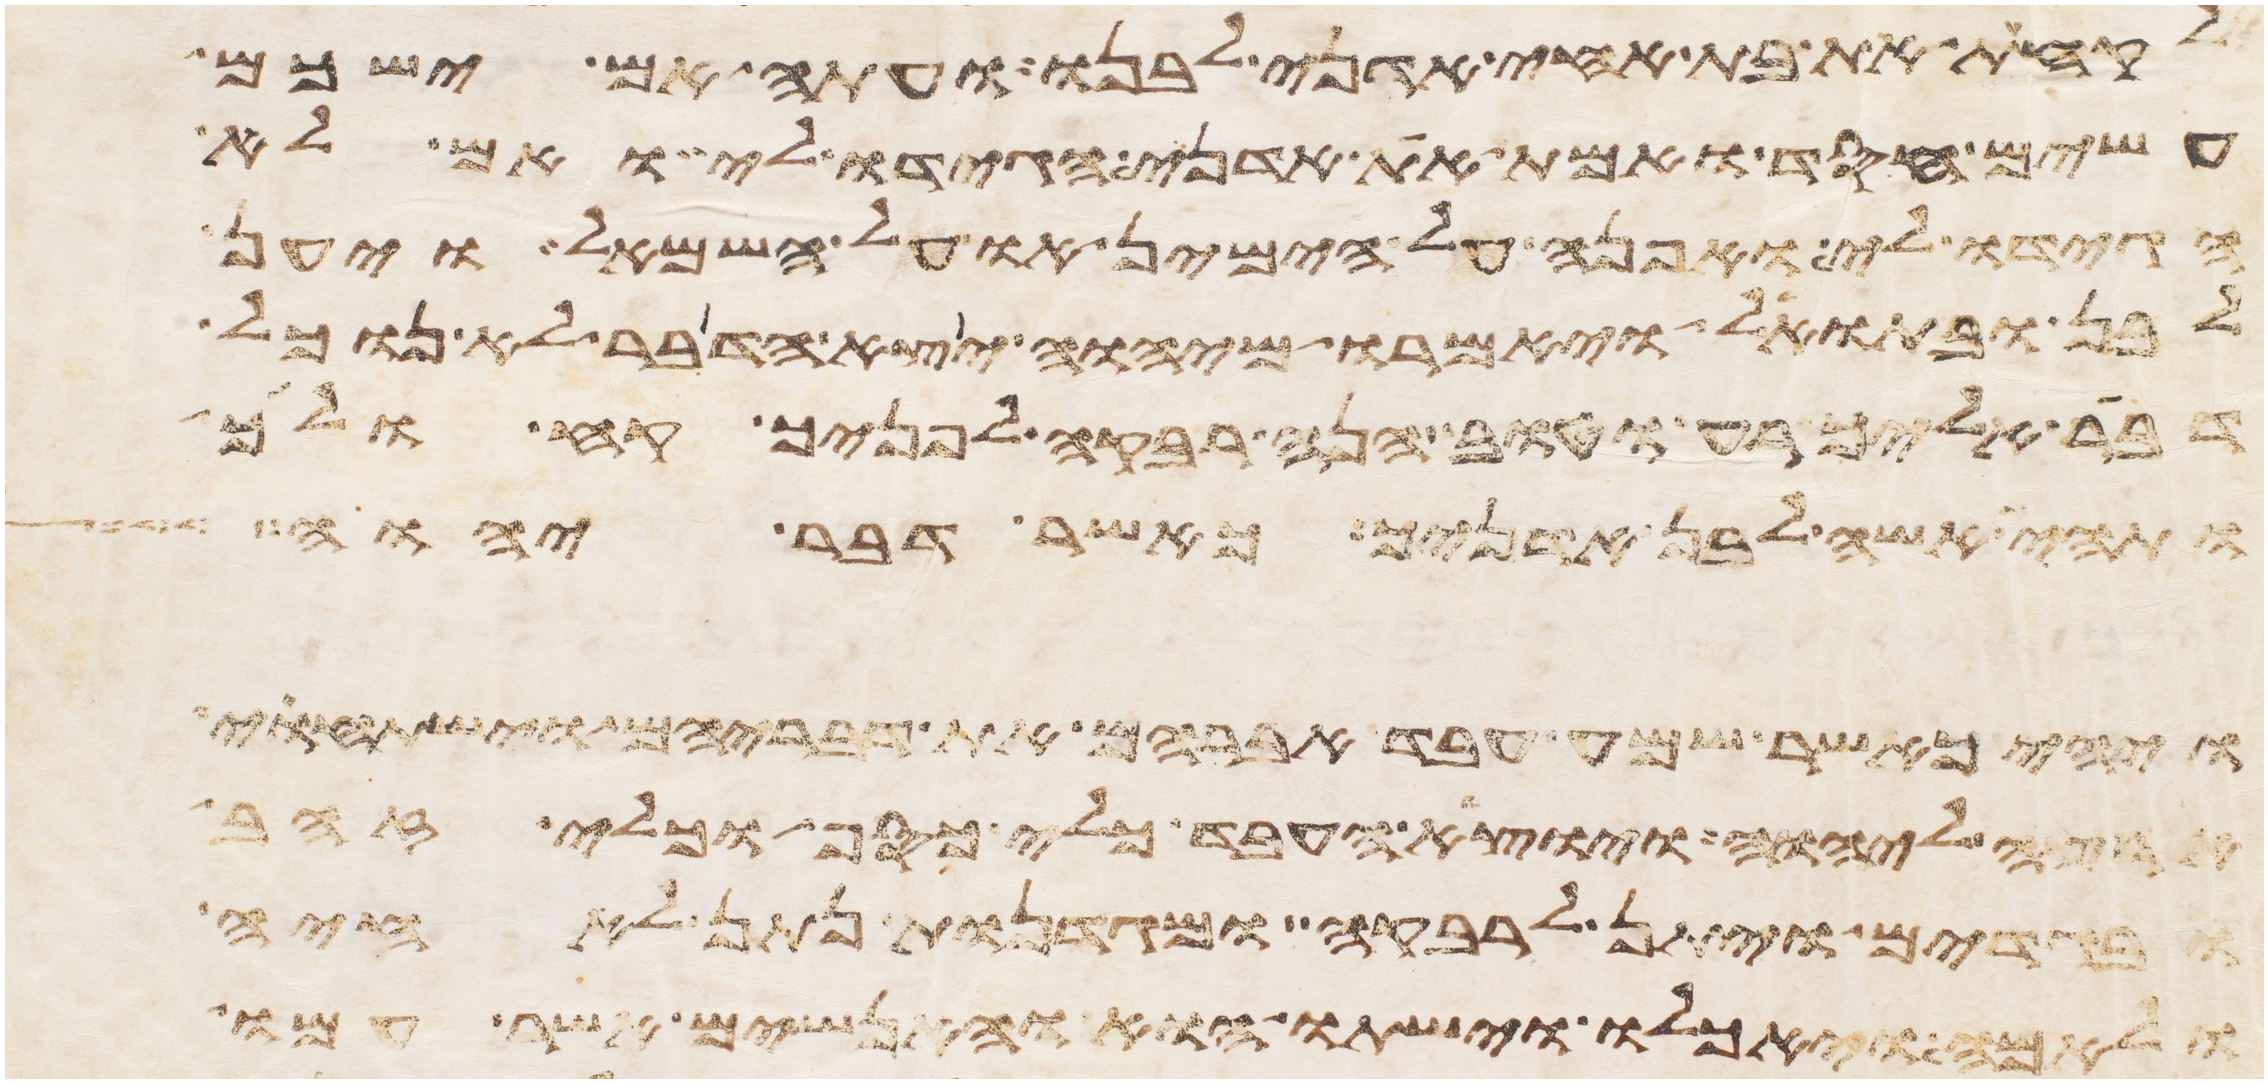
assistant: לקחת את בת אחי אדני לבנו ועתה אם ישכם
עשים חסד ואמת את אדני הגידו לי ואם לא
הגידו לי ואפנה על הימין או על השמאל ויען
לבן ובתואל ויאמרו מיהוה יצא הדבר לא נוכל
דבר אליך רע וטוב הנה רבקה לפניך קח ולך
ותהי אשה לבן אדניך כאשר דבר יהוה
ויהי כאשר שמע עבד אברהם את דבריהם וישתחוי
ליהוה ויוצא העבד כלי כסף וכלי זהב
ובגדים ויתן לרבקה ומגדנות נתן לאחיה
ולאמה ויאכלו וישתו הוא והאנשים אשר עמו